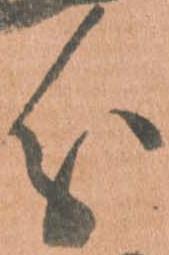
分